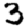
Digit: 3